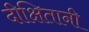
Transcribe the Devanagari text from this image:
दीक्षितानी